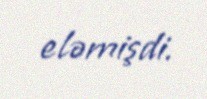
eləmişdi.